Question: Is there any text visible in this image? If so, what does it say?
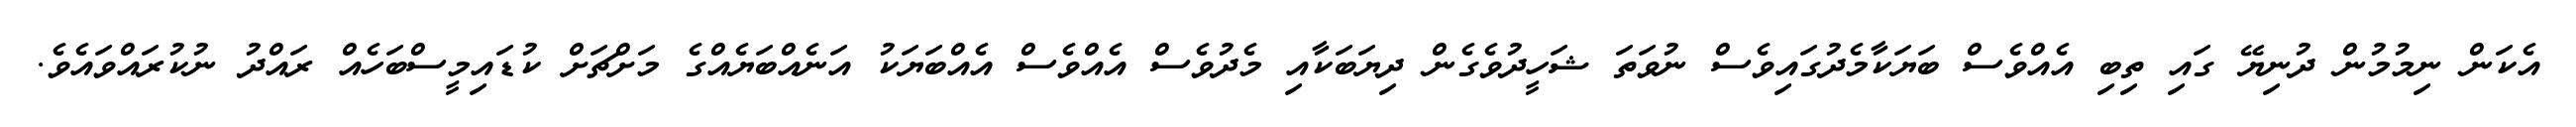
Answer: އެކަން ނިމުމުން ދުނިޔޭ ގައި ތިބި އެއްވެސް ބަޔަކާމެދުގައިވެސް ނުވަތަ ޝަހީދުވެގެން ދިޔަބަކާއި މެދުވެސް އެއްވެސް އެއްބަޔަކު އަނެއްބަޔެއްގެ މަށްޗަށް ކުޑައިމީސްބަހެއް ރައްދު ނުކުރައްވައެވެ.